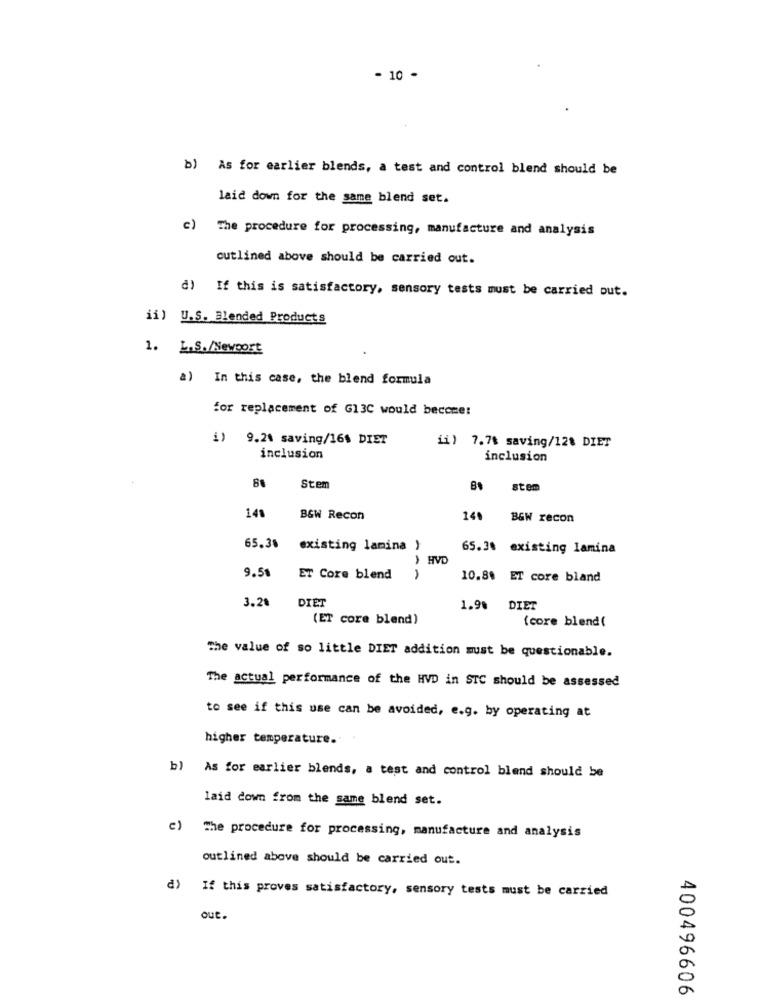
- 10 -
b) As for earlier blends, a test and control blend should be
laid down for the same blend set.
c) The procedure for processing, manufacture and analysis
cutlined above should be carried out.
d) If this is satisfactory, sensory tests must be carried out.
ii) U.S. Blended Products
1. L.S./Neveost
a) In this case, the blend formula
for replacement of G13C would become:
i) 9.24 saving/16$ DIET
ii) 7.78 saving/128 DIET
inclusion
inclusion
Stem
stem
148
B&W Recon
140
B&W recon
65.3%
existing lamina )
65.30 existing lamina
,
HVD
9.5%
ET Core blend
· A
10.8% ET core bland
3.28
DIET
1.98
DIET
(ET core blend)
{core blend(
The value of so little DIET addition must be questionable.
The actual performance of the HVD in STC should be assessed
to see if this use can be avoided, e.g. by operating at
higher temperature.
b) As for earlier blends, a test and control blend should be
laid down from the same blend set.
c) The procedure for processing, manufacture and analysis
outlined above should be carried out.
d) If this proves satisfactory, sensory tests must be carried
out.
400496606